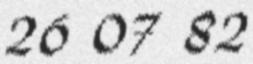
26 07 82